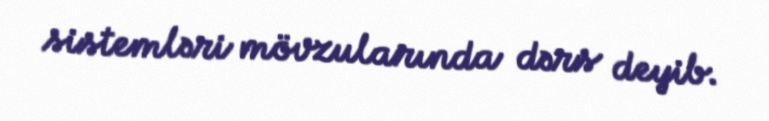
sistemləri mövzularında dərs deyib.